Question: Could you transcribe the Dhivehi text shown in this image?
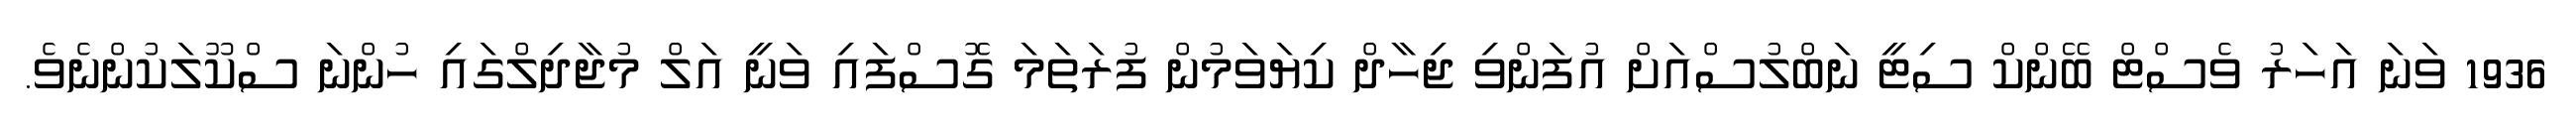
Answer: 1936 ވަނަ އަހަރު ވެސްޓް ބޭންކް ސިޓީ ނަބްލުސްއަށް އުފަންވި ޖިހާދް ކިޔަވަމުން ފުރަތަމަ ގޮސްފައި ވަނީ އަލް މުޖާދިލްގައި ހުންނަ ސްކޫލަކުންނެވެ.